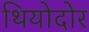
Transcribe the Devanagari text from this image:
थियोदोर